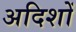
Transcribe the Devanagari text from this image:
अदिशों